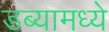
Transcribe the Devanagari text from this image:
डब्यामध्ये